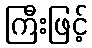
ကြီးဖြင့်